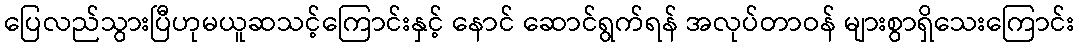
ပြေလည်သွားပြီဟုမယူဆသင့်ကြောင်းနှင့် နောင် ဆောင်ရွက်ရန် အလုပ်တာဝန် များစွာရှိသေးကြောင်း